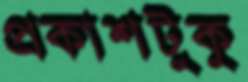
প্রকাশটুকু